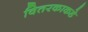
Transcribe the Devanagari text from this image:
वितरकाकडे